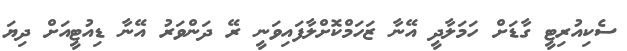
ސެކިއުރިޓީ ގާޑަށް ހަމަލާދީ އޭނާ ޒަހަމްކޮށްލާފައިވަނީ ރޭ ދަންވަރު އޭނާ ޑިއުޓީއަށް ދިޔަ